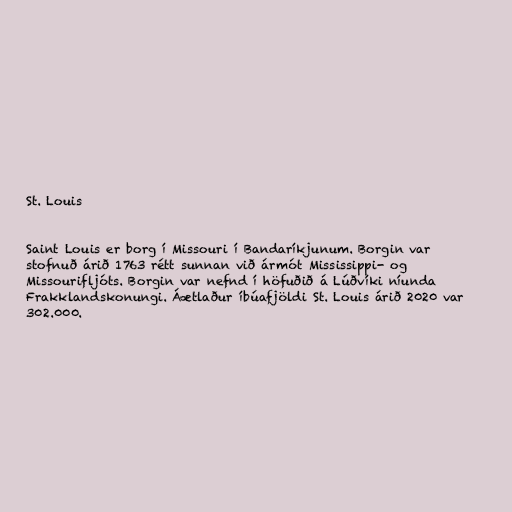
St. Louis

Saint Louis er borg í Missouri í Bandaríkjunum. Borgin var
stofnuð árið 1763 rétt sunnan við ármót Mississippi- og
Missourifljóts. Borgin var nefnd í höfuðið á Lúðvíki níunda
Frakklandskonungi. Áætlaður íbúafjöldi St. Louis árið 2020 var
302.000.